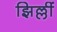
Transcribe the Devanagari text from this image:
झिल्लीं